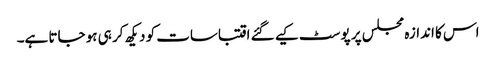
اس کا اندازہ مجلس پر پوسٹ کیے گئے اقتباسات کو دیکھ کر ہی ہو جاتا ہے۔